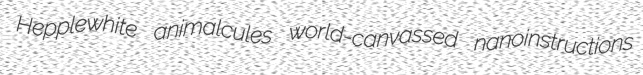
Hepplewhite animalcules world-canvassed nanoinstructions